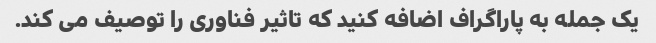
یک جمله به پاراگراف اضافه کنید که تاثیر فناوری را توصیف می کند.